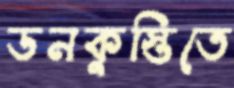
ডনকুস্তিতে